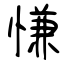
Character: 慊